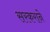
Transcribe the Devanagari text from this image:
सरकराने